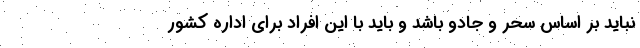
نباید بر اساس سحر و جادو باشد و باید با این افراد برای اداره کشور